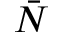
\bar { N }